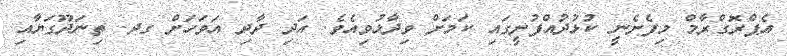
އެޕްރޮގްރާމް މިފެށެނީ ކުޅުދުއްފުށީގައި ކަމަށް ވިދާޅުވިއެވެ. އަދި ދާދި އަވަހަށް ގދ. ތިނަދޫގަޔާއި